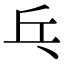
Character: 乓